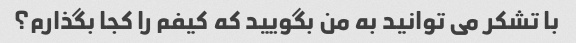
با تشکر می توانید به من بگویید که کیفم را کجا بگذارم؟